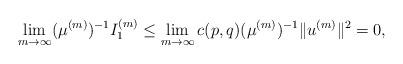
LaTeX: \begin{align*}\lim_{m\rightarrow\infty}(\mu^{(m)})^{-1}I_1^{(m)}\leq \lim_{m\rightarrow\infty}c(p,q)(\mu^{(m)})^{-1}\|u^{(m)}\|^2=0,\end{align*}